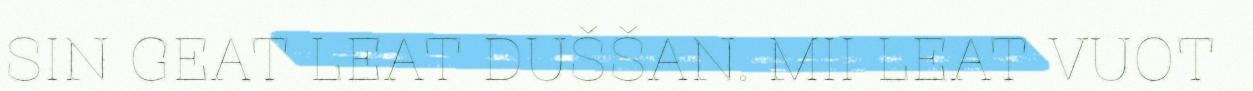
SIN GEAT LEAT DUŠŠAN. MII LEAT VUOT